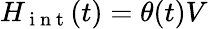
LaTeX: H_{\mathrm{~i~n~t~}}(t)=\theta(t)V